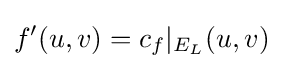
f'(u,v)=c_{f}|_{E_{L}}(u,v)